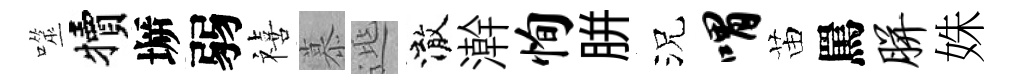
噬犢󶱲弱禧慕𨓱澈澣恂胼況喟苗罵胼姝